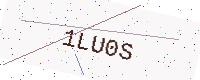
Text: 1LU0S